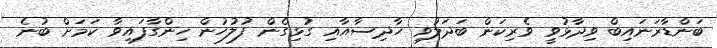
ބަންޑާރަނައިބް ވިދާޅުވީ ވެރިކަން ބަދަލުވި ހާދިސާއާއި ގުޅިގެން ފުލުހުން ހިންގާފައިވާ ކަމަށް ބުނެ